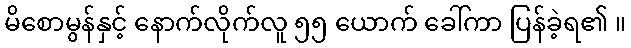
မိစောမွန်နှင့် နောက်လိုက်လူ ၅၅ ယောက် ခေါ်ကာ ပြန်ခဲ့ရ၏ ။